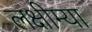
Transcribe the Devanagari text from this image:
लक्षीम्या